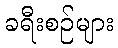
ခရီးစဉ်များ